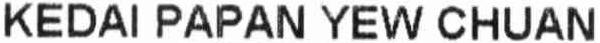
KEDAI PAPAN YEW CHUAN